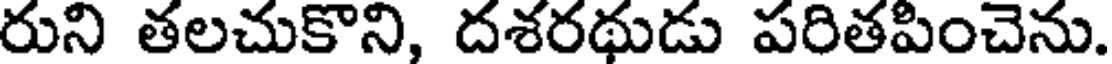
రుని తలచుకొని, దశరథుడు పరితపించెను.